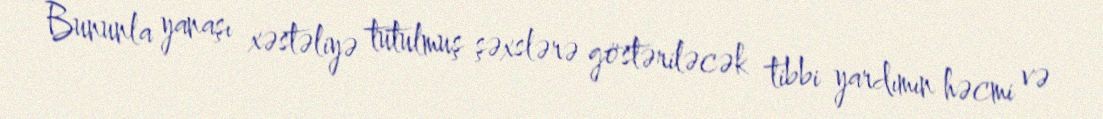
Bununla yanaşı xəstəliyə tutulmuş şəxslərə göstəriləcək tibbi yardımın həcmi və